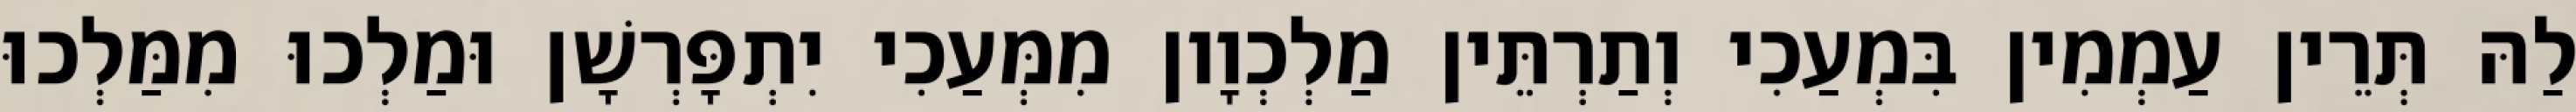
לַהּ תְּרֵין עַמְמִין בִּמְעַכִי וְתַרְתֵּין מַלְכְוָון מִמְּעַכִי יִתְפָּרְשָׁן וּמַלְכוּ מִמַּלְכוּ